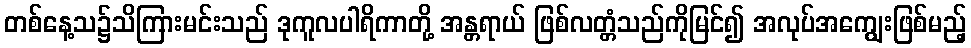
တစ်နေ့သ၌သိကြားမင်းသည် ဒုကူလပါရိကာတို့ အန္တရာယ် ဖြစ်လတ္တံသည်ကိုမြင်၍ အလုပ်အကျွေးဖြစ်မည့်